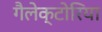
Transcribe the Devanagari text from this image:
गैलेक्टोरिया